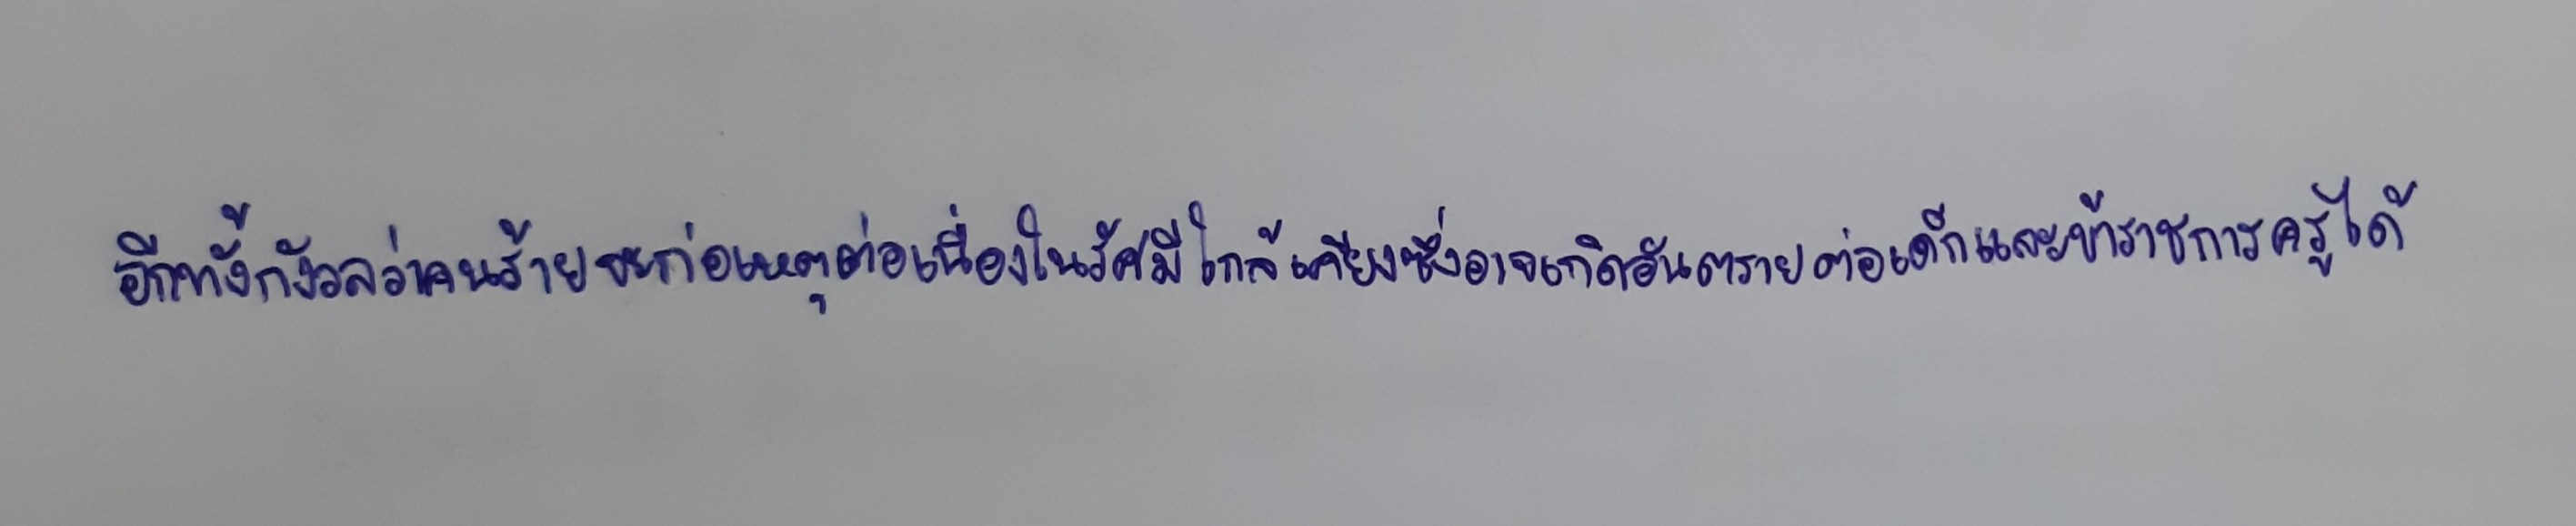
อีกทั้งกังวลว่าคนร้ายจะก่อเหตุต่อเนื่องในรัศมีใกล้เคียงซึ่งอาจเกิดอันตรายต่อเด็กและข้าราชการครูได้